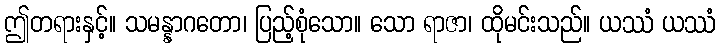
ဤတရားနှင့်။ သမန္နာဂတော၊ ပြည့်စုံသော။ သော ရာဇာ၊ ထိုမင်းသည်။ ယဿံ ယဿံ